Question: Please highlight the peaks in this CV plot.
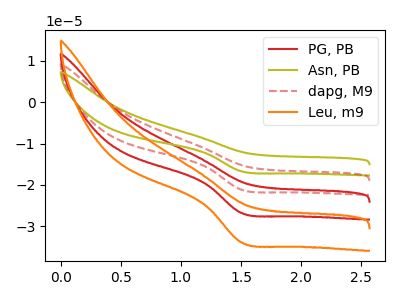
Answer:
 <answer>The red curve "PG, PB" has a cathodic peak at: (1.50V, -26.80uA). The olive curve "Asn, PB" has a cathodic peak at: (1.50V, -80.35uA). The red dashed curve "dapg, M9" has a cathodic peak at: (1.50V, -53.60uA). The orange curve "Leu, m9" has a cathodic peak at: (1.50V, -33.90uA).</answer>
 <eval></eval>